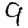
Digit: 9